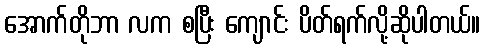
အောက်တိုဘာ လက စပြီး ကျောင်း ပိတ်ရက်လို့ဆိုပါတယ်။